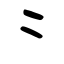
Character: ⺀